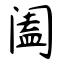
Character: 阖